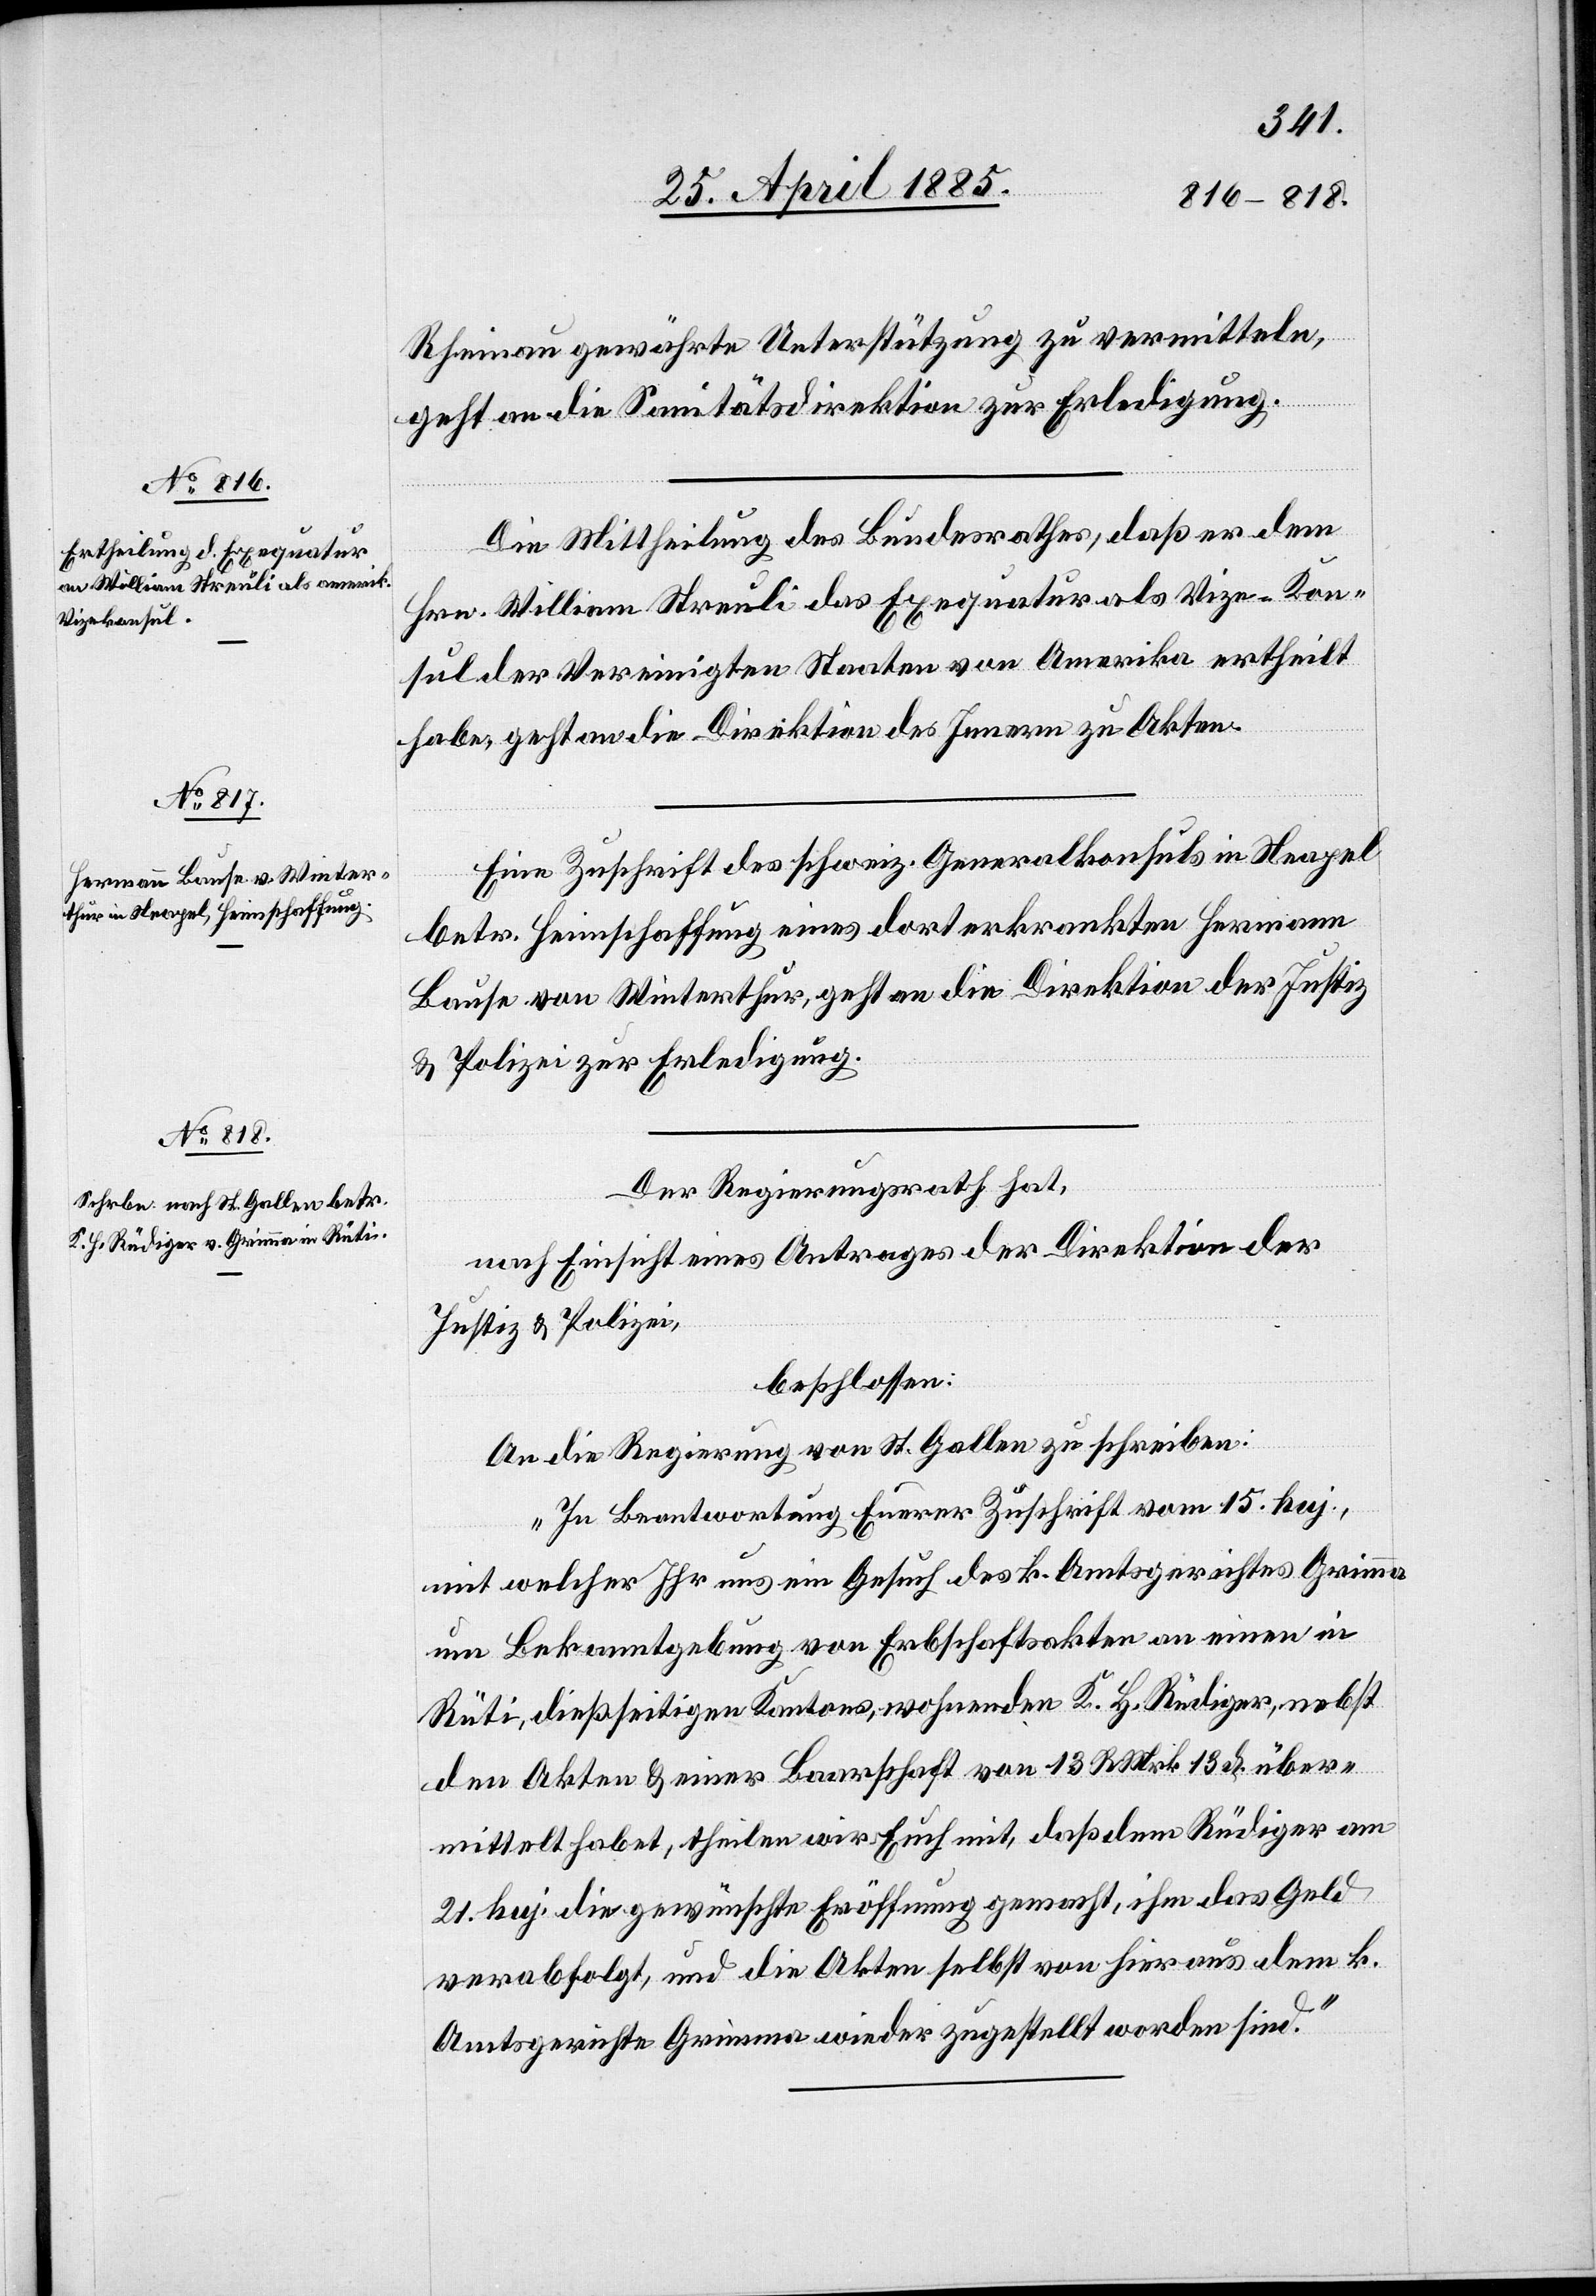
27. April 1885.]
Rheinau gewährte Unterstützung zu vermitteln,
geht an die Sanitätsdirektion zur Erledigung.
Die Mittheilung des Bundesrathes, daß er dem
Hrn. William Streuli das Exequatur als Vize-Kon¬
sul der Vereinigten Staaten von Amerika ertheilt
habe, geht an die Direktion des Innern zu Akten.
Eine Zuschrift des schweiz. Generalkonsuls in Neapel
betr. Heimschaffung eines dort erkrankten Hermann
Bause von Winterthur, geht an die Direktion der Justiz
& Polizei zur Erledigung.
Der Regierungsrath hat,
nach Einsicht eines Antrages der Direktion der
Justiz & Polizei,
beschlossen:
An die Regierung von St. Gallen zu schreiben:
„In Beantwortung Euerer Zuschrift vom 15. huj.,
mit welcher Ihr uns ein Gesuch des k. Amtsgerichtes Grimma
um Bekanntgebung von Erbschaftsakten an einen in
Rüti, dießseitigen Kantons, wohnenden K. H. Rüdiger, nebst
den Akten & einer Baarschaft von 13 RMrk. 13 Xr. über¬
mittelt habet, theilen wir Euch mit, das dem Rüdiger am
21. huj. die gewünschte Eröffnung gemacht, ihm das Geld
verabfolgt und die Akten selbst von hier aus dem k.
Amtsgerichte Grimma wieder zugestellt worden sind.“